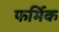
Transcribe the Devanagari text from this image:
फर्मिक